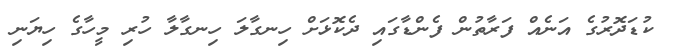
ކުޑަދޮރުގެ އަނެއް ފަރާތުން ފެންޑާގައި ދެކޮޅަށް ހިނގާލަ ހިނގާލާ ހުރި މީހާގެ ހިޔަނި